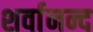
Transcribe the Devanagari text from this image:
शर्वानन्द